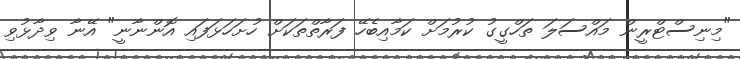
"މިނިސްޓްރީން މައްސަލަ ތަހްގީގު ކުރުމަށް ކަމާއިބެހޭ ފަރާތްތަކަށް ހުށަހަޅަފައި އޮންނާނީ" އޭނާ ވިދާޅުވި